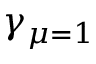
\gamma _ { \mu = 1 }